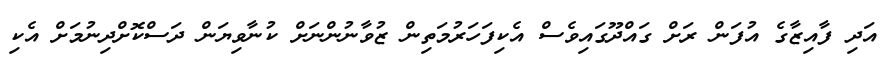
އަދި ފާއިޒާގެ އުފަން ރަށް ގައްދޫގައިވެސް އެކިފަހަރުމަތިން ޒުވާނުންނަށް ކުނާވިޔަން ދަސްކޮށްދިނުމަށް އެކި